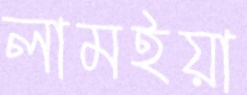
লামইয়া